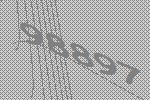
98897